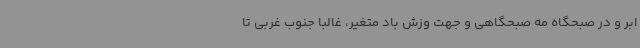
ابر و در صبحگاه مه صبحگاهی و جهت وزش باد متغیر، غالباً جنوب غربی تا